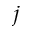
_ j